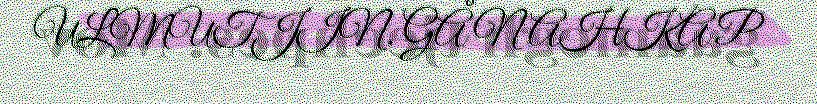
ULMUTJIN. GÅ NAHKAP